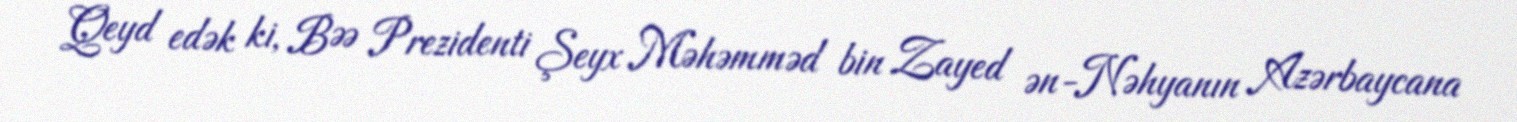
Qeyd edək ki, BƏƏ Prezidenti Şeyx Məhəmməd bin Zayed ən-Nəhyanın Azərbaycana